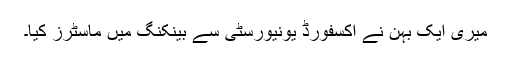
میری ایک بہن نے آکسفورڈ یونیورسٹی سے بینکنگ میں ماسٹرز کیا۔